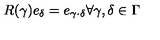
R ( \gamma ) e _ { \delta } = e _ { \gamma \cdot \delta } \forall \gamma , \delta \in \Gamma